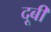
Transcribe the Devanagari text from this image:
दूबी